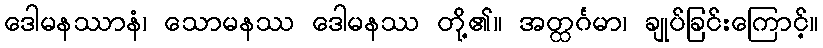
ဒေါမနဿာနံ၊ သောမနဿ ဒေါမနဿ တို့၏။ အတ္ထင်္ဂမာ၊ ချုပ်ခြင်းကြောင့်။